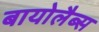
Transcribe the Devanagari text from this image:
बायोलैब्स